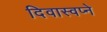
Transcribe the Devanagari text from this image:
दिवास्वप्ने